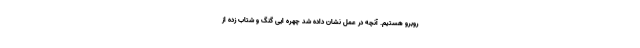
روبرو هستیم. آنچه در عمل نشان داده شد چهره ایی گنگ و شتاب زده از